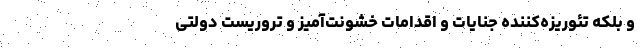
و بلکه تئوریزه‌کننده جنایات و اقدامات خشونت‌آمیز و تروریست دولتی